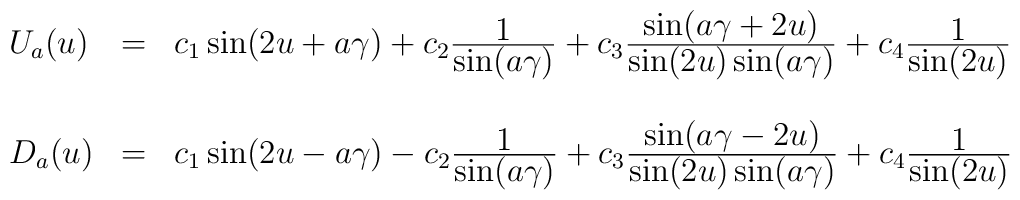
\begin{array}{lcl}U_a(u)&=&c_1\sin(2u+a\gamma)+c_2\frac{\textstyle 1}{\textstyle \sin(a\gamma)}+c_3\frac{\textstyle \sin(a\gamma+2u)}{\textstyle \sin(2u)\sin(a\gamma)}+c_4\frac{\textstyle 1}{\textstyle \sin(2u)}\\ \\D_a(u)&=&c_1\sin(2u-a\gamma)-c_2\frac{\textstyle 1}{\textstyle \sin(a\gamma)}+c_3\frac{\textstyle \sin(a\gamma-2u)}{\textstyle \sin(2u)\sin(a\gamma)}+c_4\frac{\textstyle 1}{\textstyle \sin(2u)}\end{array}